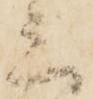
三